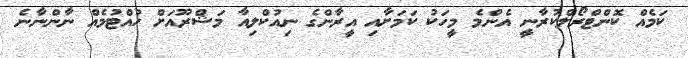
ކަމެއް ކޮންޓްރޯލްކުރާނީ އެންމެ މީހަކު ކަމަށާއި އީރާންގެ ނިއުކްލިއާ މަޝްރޫއަށް ހުއްޓުމެއް ނާންނާނެ